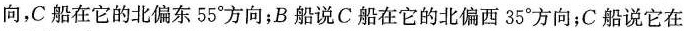
向，C船在它的北偏东55°方向；B船说C船在它的北偏西35°方向；C船说它在